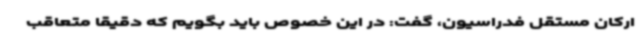
ارکان مستقل فدراسیون، گفت: در این خصوص باید بگویم که دقیقا متعاقب